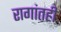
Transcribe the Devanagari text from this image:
रागांतही